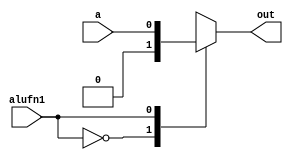
/*
   This file was generated automatically by Alchitry Labs version 1.2.1.
   Do not edit this file directly. Instead edit the original Lucid source.
   This is a temporary file and any changes made to it will be destroyed.
*/

module alu_shiftright_mux_29 (
    input a,
    input alufn1,
    output reg out
  );
  
  
  
  always @* begin
    
    case (alufn1)
      1'h0: begin
        out = 1'h0;
      end
      1'h1: begin
        out = a;
      end
      default: begin
        out = 1'h0;
      end
    endcase
  end
endmodule